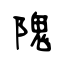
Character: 隗